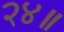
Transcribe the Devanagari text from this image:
२४॥